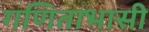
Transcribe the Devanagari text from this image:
गणिताभासी